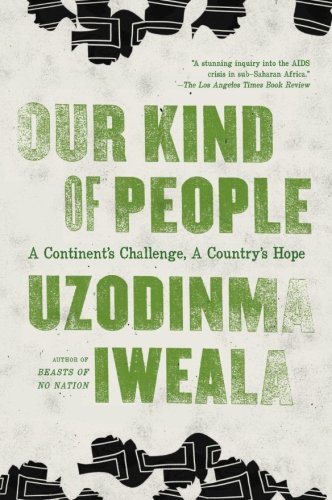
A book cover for Our Kind of People: A Continent's Challenge, A Country's Hope; Uzodinma Iweala; Health, Fitness & Dieting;